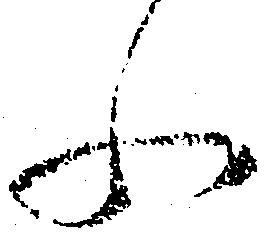
ふ